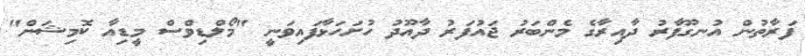
ފަރާތުން އުނގޫފާރު ދާއިރާގެ މެންބަރު ޖައުފަރު ދާއޫދު ހުށަހަޅާފައިވަނީ "މޯލްޑިވްސް މީޑިއާ ކޮމިޝަން"